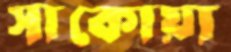
সাকোয়া